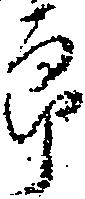
郎